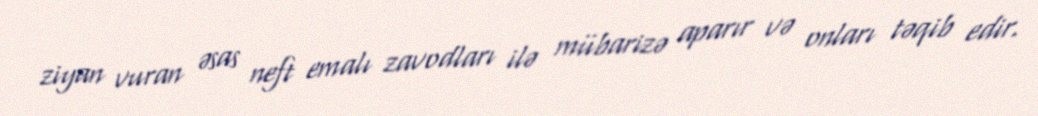
ziyan vuran əsas neft emalı zavodları ilə mübarizə aparır və onları təqib edir.